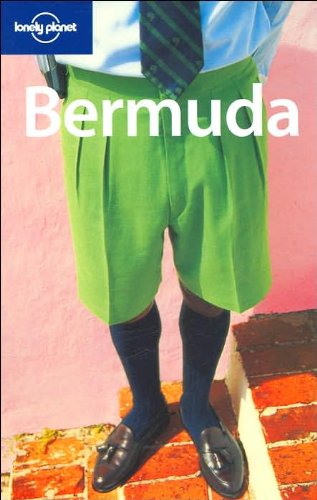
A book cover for Lonely Planet Bermuda (Country Guide); Glenda Bendure; Travel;